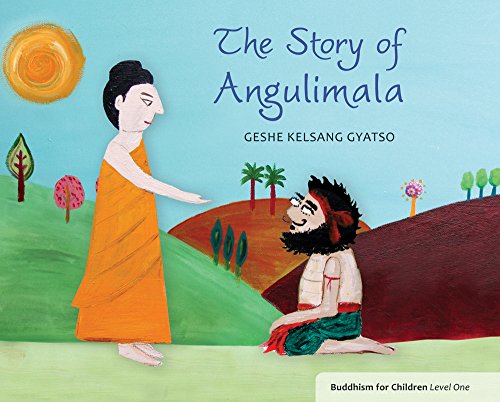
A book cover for The Story of Angulimala: Buddhism for Children Level 1; Geshe Kelsang Gyatso; Children's Books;